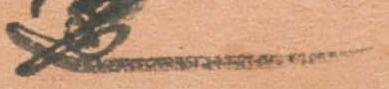
也